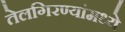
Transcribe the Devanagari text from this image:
तेलगिरण्यांमध्ये